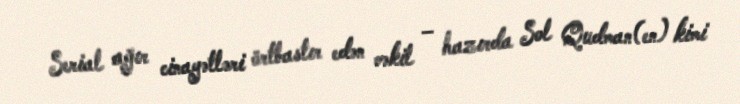
Serial ağır cinayətləri örtbastır edən vəkil – hazırda Sol Qudman(en) kimi